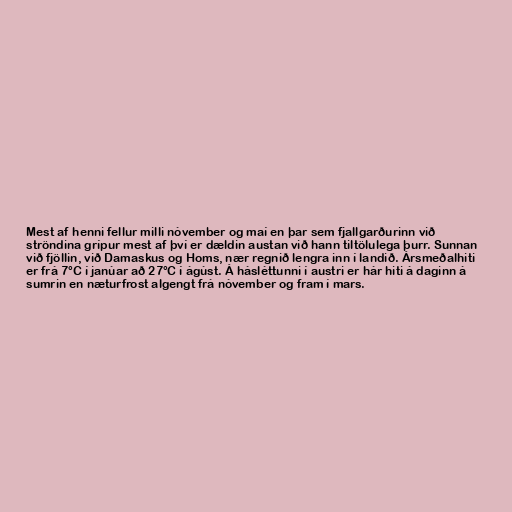
Mest af henni fellur milli nóvember og maí en þar sem fjallgarðurinn við
ströndina grípur mest af því er dældin austan við hann tiltölulega þurr. Sunnan
við fjöllin, við Damaskus og Homs, nær regnið lengra inn í landið. Ársmeðalhiti
er frá 7°C í janúar að 27°C í ágúst. Á hásléttunni í austri er hár hiti á daginn á
sumrin en næturfrost algengt frá nóvember og fram í mars.